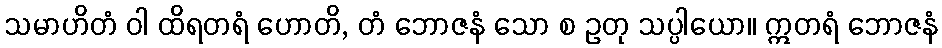
သမာဟိတံ ဝါ ထိရတရံ ဟောတိ, တံ ဘောဇနံ သော စ ဥတု သပ္ပါယော။ ဣတရံ ဘောဇနံ